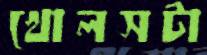
খোলসটা